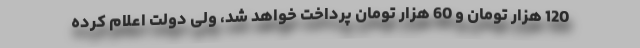
120 هزار تومان و 60 هزار تومان پرداخت خواهد شد، ولی دولت اعلام کرده